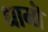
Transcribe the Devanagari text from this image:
धामॊं